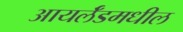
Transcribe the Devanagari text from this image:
आयर्लॅडमधील